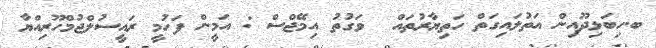
ބ.ހިބަޅިދޫއިން އަތުލައިގަތް ހަތިޔާރުތައް  ވަގުތު އިމޭޖްސް : އަމީން ފަހުމީ ރައީސުލްޖުމްހޫރިއްޔާ